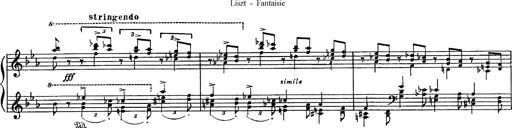
Title: Fantaisie sur des motifs favoris de l'opÃ©ra 'La sonnambula'
Composer: Franz Liszt